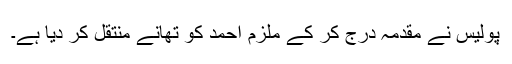
پولیس نے مقدمہ درج کر کے ملزم احمد کو تھانے منتقل کر دیا ہے۔